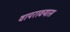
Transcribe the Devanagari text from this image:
वापरावयास